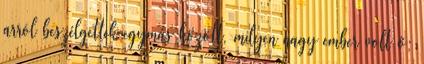
arról beszélgettek egymás között, milyen nagy ember volt ő;